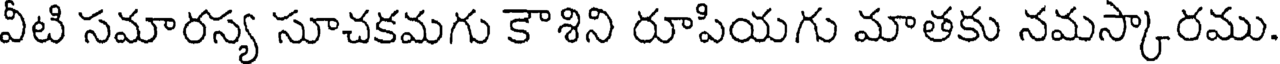
వీటి సమారస్య సూచకమగు కౌశిని రూపియగు మాతకు నమస్కారము.